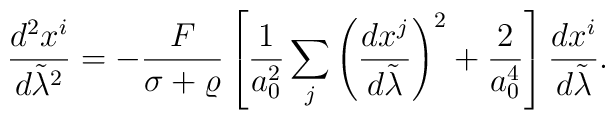
{{d^2x^i}\over{d\tilde{\lambda}^2}}=-{F\over{\sigma+\varrho}}\left[{1\over a^2_0}\sum_j\left({{dx^j}\over{d\tilde{\lambda}}}\right)^2+{2\over a^4_0}\right]{{dx^i}\over{d\tilde{\lambda}}}.